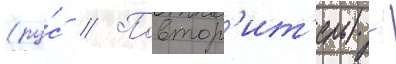
(ру́с // Повтор'ит'ель) -